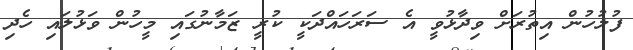
ފުލުހުން އިތުރަށް ވިދާޅުވީ އެ ސަރަހައްދަކީ ކުރީ ޒަމާނުގައި މީހުން ވަޅުލައި ހެދި